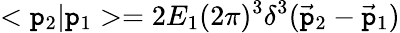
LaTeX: <\mathtt{p}_{2}|\mathtt{p}_{1}>=2E_{1}(2\pi)^{3}\delta^{3}(\vec{{\mathtt{p}}}_{2}-\vec{{\mathtt{p}}}_{1})